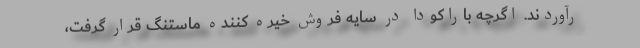
رآوردند. اگرچه باراکودا در سایه فروش خیره کننده ماستنگ قرار گرفت،